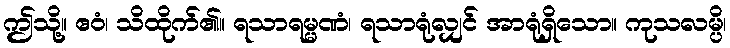
ဤသို့။ ဧဝံ၊ သိထိုက်၏။ ရသာရမ္မဏံ၊ ရသာရုံလျှင် အာရုံရှိသော။ ကုသလမ္ပိ၊